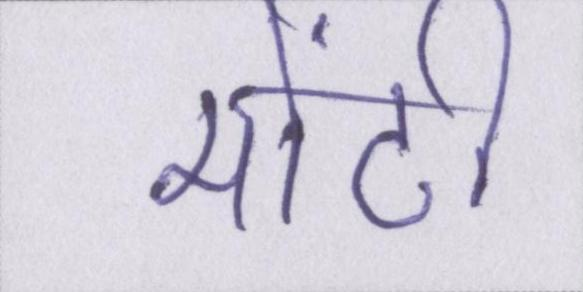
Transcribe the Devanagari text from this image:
मोंटी